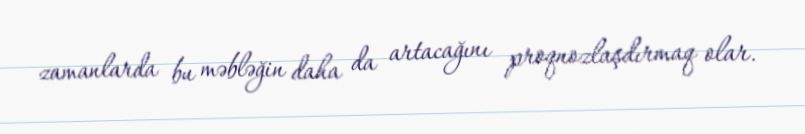
zamanlarda bu məbləğin daha da artacağını proqnozlaşdırmaq olar.